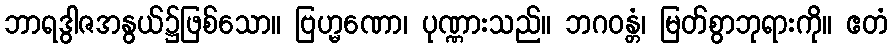
ဘာရဒွါဇအနွယ်၌ဖြစ်သော။ ဗြဟ္မဏော၊ ပုဏ္ဏားသည်။ ဘဂဝန္တံ၊ မြတ်စွာဘုရားကို။ ဧတံ